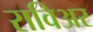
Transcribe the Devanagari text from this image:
राविअर